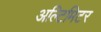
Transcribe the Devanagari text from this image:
अल्टिमिटर